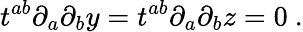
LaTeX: t^{ab}\partial_{a}\partial_{b}y=t^{ab}\partial_{a}\partial_{b}z=0\ .